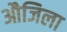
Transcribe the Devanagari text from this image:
औजिला